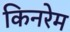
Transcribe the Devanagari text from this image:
किनरेम